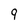
Character: 9